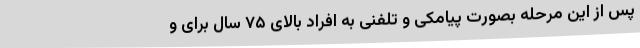
پس از این مرحله بصورت پیامکی و تلفنی به افراد بالای ۷۵ سال برای و